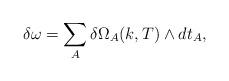
LaTeX: \begin{align*}\delta \omega=\sum_A \delta \Omega_A (k,T)\wedge dt_A,\end{align*}